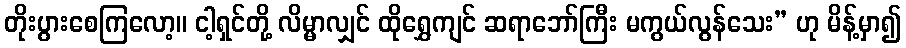
တိုးပွားစေကြလော့။ ငါ့ရှင်တို့ လိမ္မာလျှင် ထိုရွှေကျင် ဆရာဘော်ကြီး မကွယ်လွန်သေး” ဟု မိန့်မှာ၍